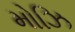
મોઝિ